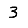
Digit: 3